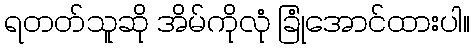
ရတတ်သူဆို အိမ်ကိုလုံ ခြုံအောင်ထားပါ။